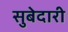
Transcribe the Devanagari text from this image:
सुबेदारी